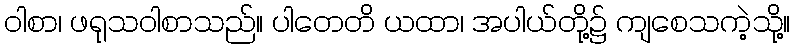
ဝါစာ၊ ဖရုသဝါစာသည်။ ပါတေတိ ယထာ၊ အပါယ်တို့၌ ကျစေသကဲ့သို့။